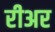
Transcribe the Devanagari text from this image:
रीअर